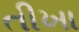
તીખા